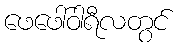
ဖေဖေါ်ဝါရီလတွင်